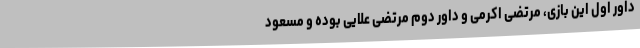
داور اول این بازی، مرتضی اکرمی و داور دوم مرتضی علایی بوده و مسعود